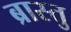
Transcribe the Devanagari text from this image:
ब्रास्तु